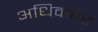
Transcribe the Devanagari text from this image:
अधिकपर